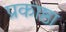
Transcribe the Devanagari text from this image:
प्रकाष्ठा